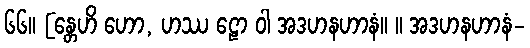
၆၆။ [န္တေဟိ ဟော, ဟဿ ဠော ဝါ အဒဟနဟာနံ။ ။ အဒဟနဟာနံ-